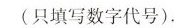
(只填写数字代号)。